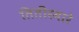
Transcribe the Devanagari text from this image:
तितीरमारे